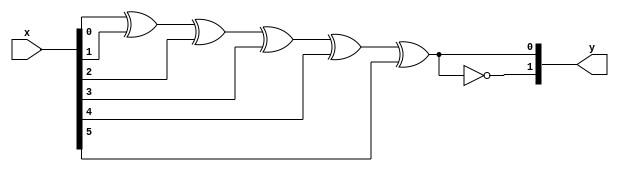
module checker(x,y);
input [5:0] x;
output [1:0] y;
assign y[1]=~(x[0]^x[1]^x[2]^x[3]^x[4]^x[5]);
assign y[0]=(x[0]^x[1]^x[2]^x[3]^x[4]^x[5]);
endmodule
`timescale 1ns/1ps 
module checkertb; 
reg [5:0]x=6'b0;
wire [1:0]y;
checker UUT(.x(x),.y(y));
initial begin
x=6'b000001;
#1;
x=6'b000011;
#1;
x=6'b000111;
#1;
x=6'b001111;
#1;
x=6'b011111;
#1;
x=6'b111111;
#1;
end
endmodule